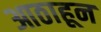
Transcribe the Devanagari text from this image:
आठाहून